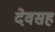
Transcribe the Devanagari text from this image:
देवसह